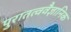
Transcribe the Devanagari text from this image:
पुरातत्ववैज्ञानिक